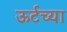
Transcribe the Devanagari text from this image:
ऊर्टच्या